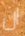
ان